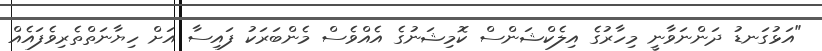
"އަޅުގަނޑު ދަންނަވާނީ މިހާރުގެ އިލެކްޝަންސް ކޮމިޝަނުގެ އެއްވެސް މެންބަރަކު ފައިސާ އަށް ހިޔާނަތްތެރިވެފައެއް